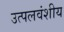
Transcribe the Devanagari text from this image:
उत्पलवंशीय